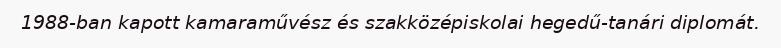
1988-ban kapott kamaraművész és szakközépiskolai hegedű-tanári diplomát.